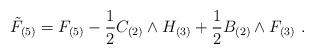
LaTeX: \begin{align*}{\tilde F}_{(5)} = F_{(5)} - {1\over 2} C_{(2)}\wedge H_{(3)} + {1\over 2}B_{(2)}\wedge F_{(3)}\ .\end{align*}